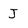
Character: J